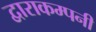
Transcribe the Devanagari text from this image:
द्वाराकम्‍पनी